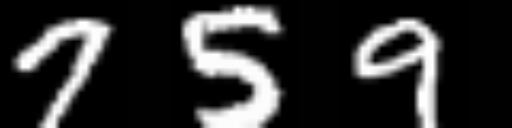
Text: 759